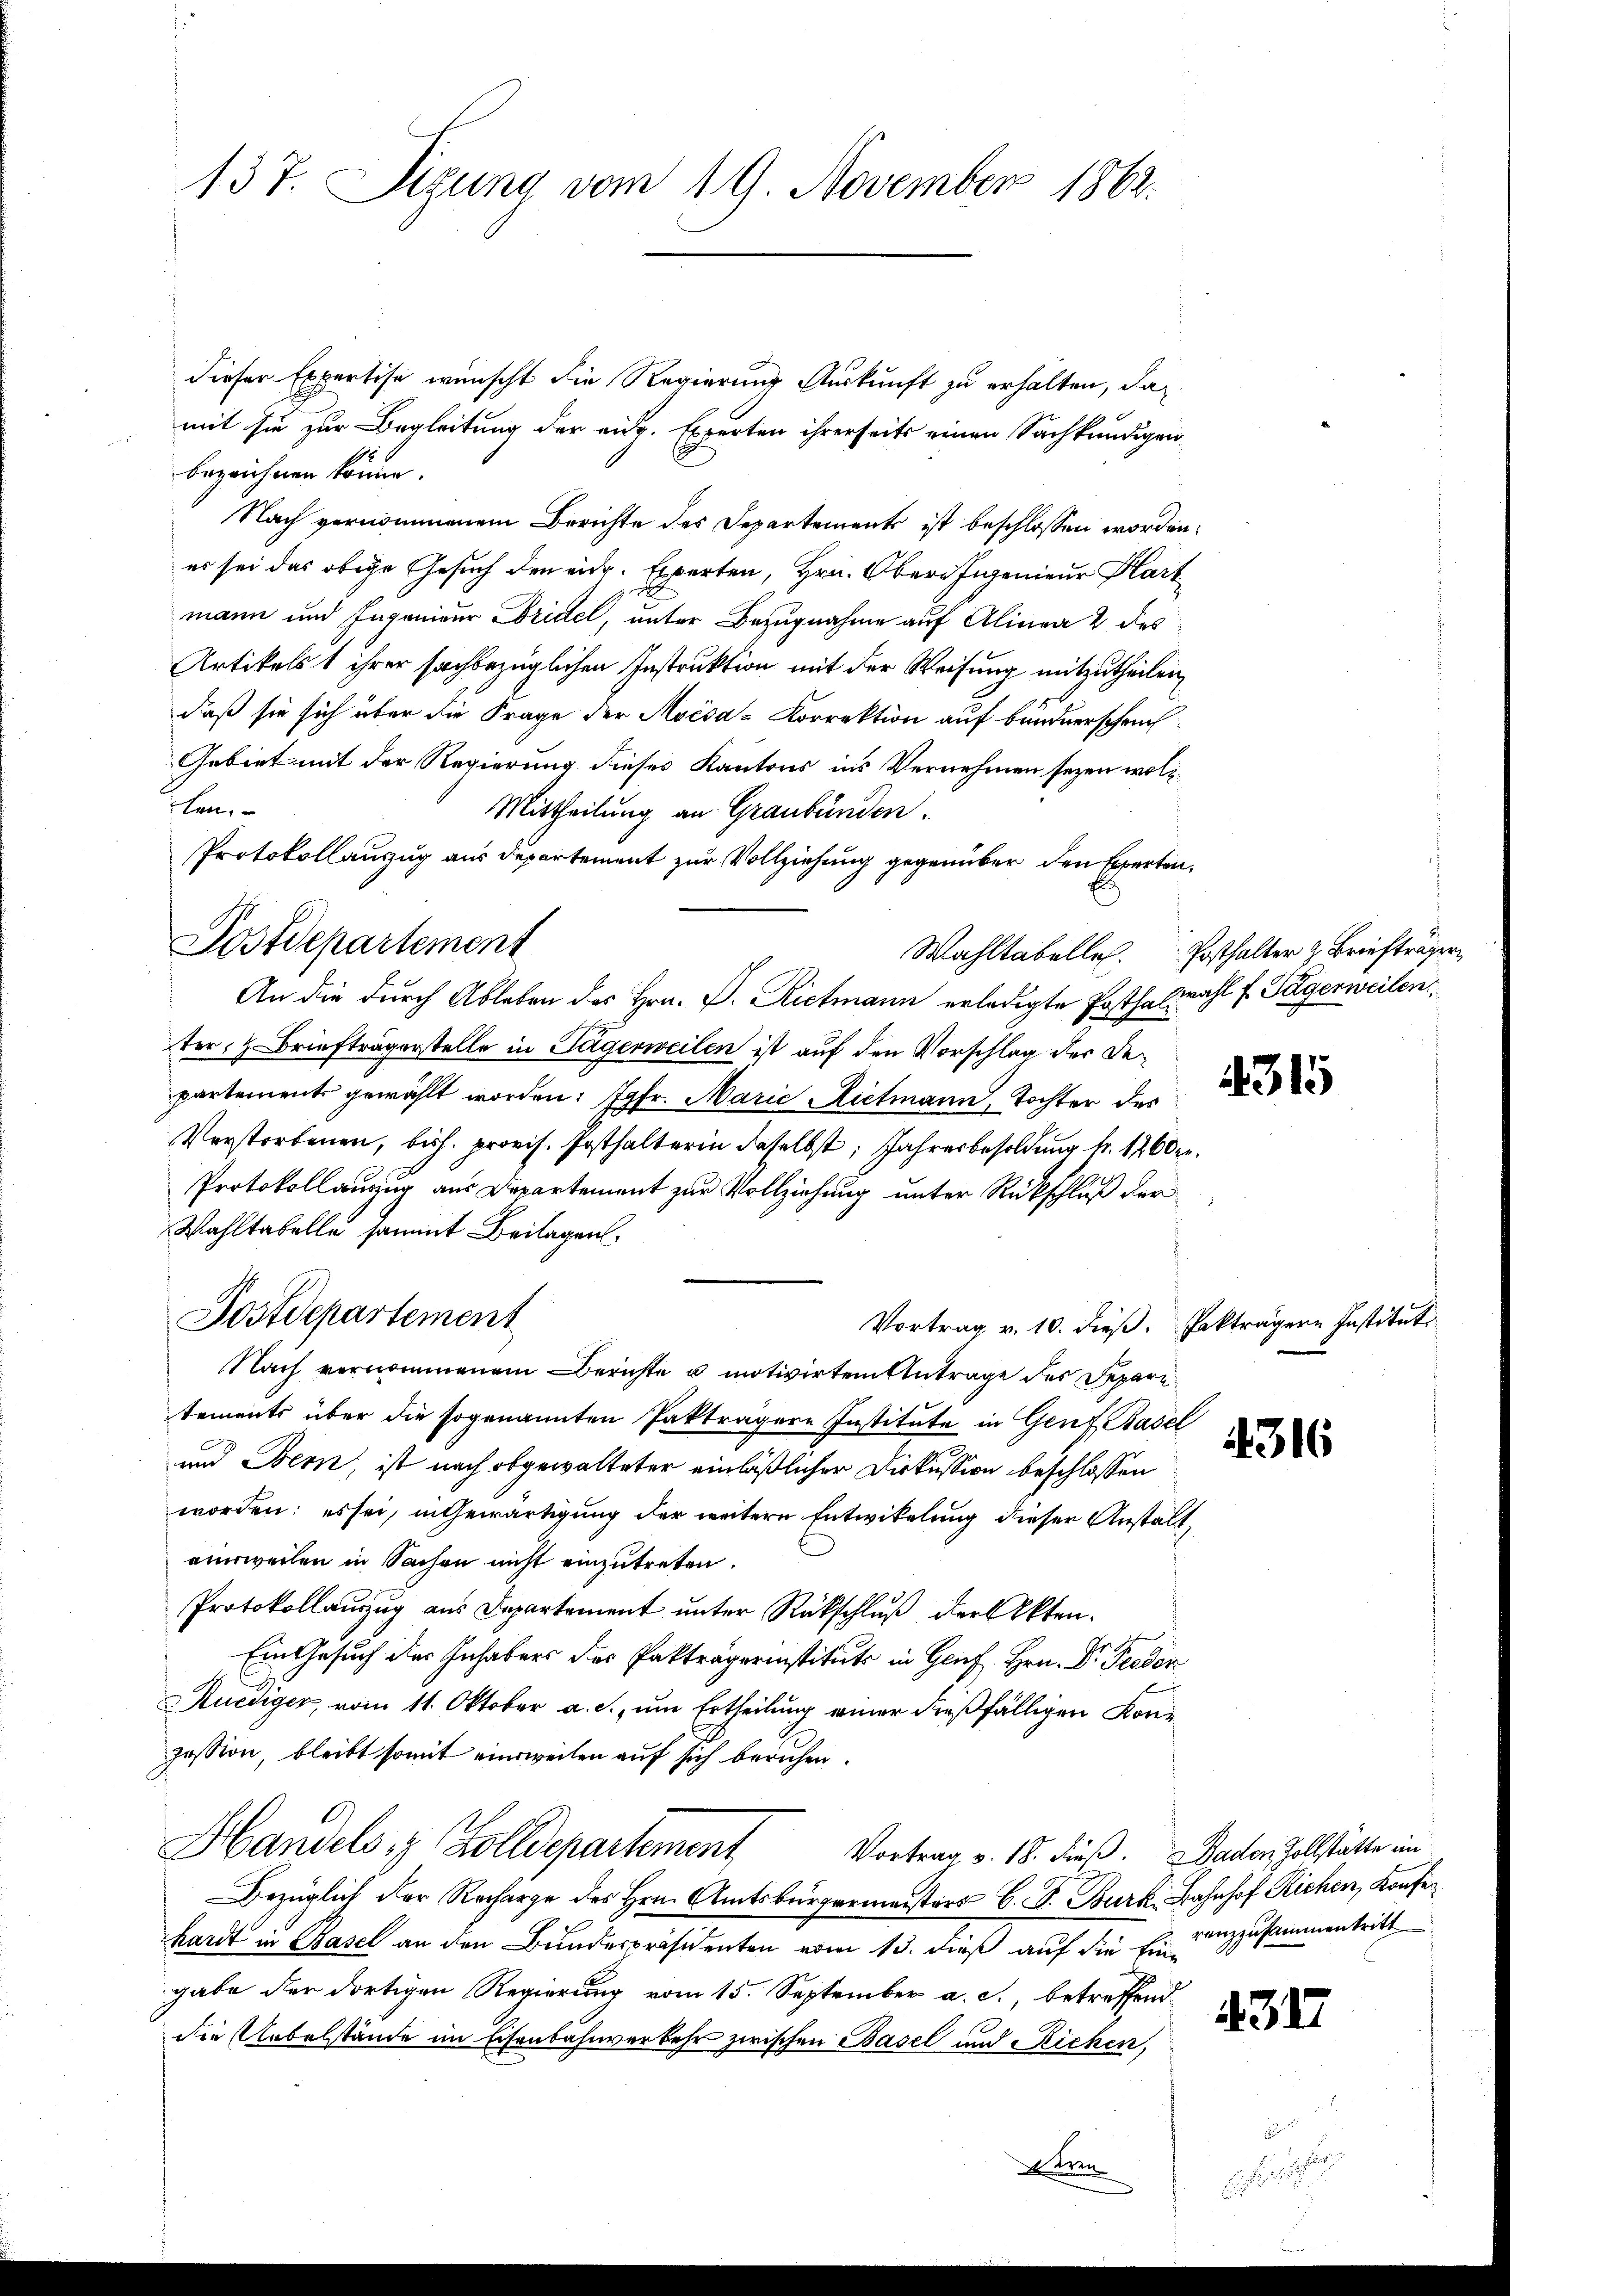
137. Sizung vom 19. November 1862.

dieser Expertise wünscht die Regierung Auskunft zu erhalten, damit sie zur Begleitung der eidg. Experten ihrerseits einen Sachkundigen
bezeichnen könne.
Nach vernommenem Berichte des Departements ist beschlossen worden,
es sei das obige Gesuch den eid. Experten, Hrn. Oberfigenieur Hart
mann und Ingenieur Bridel, unter Bezugnahme auf Alinea 2 des
Artikelst ihrer sachbezüglichen Instruktion mit der Weisung mitzutheilen,
daß sie sich über die Frage der Avésa-Korrektion auf bundnerschein
Gebiet mit der Regierung dieses Kantons ins Vernehmen seyen wollhen.
Mittheilung an Graubünden.
Protokollanzug aus Departement zur Vollziehung gegenüber den Experten,
An die durch Ableben des Hrn. P. Rietmann erledigte Posthalwahl f. Tägerweilen
ter, z. Briefträgerstelle in Tägerweilen ist auf den Vorschlag der Departements gewählt worden: Jgfr. Marie Rietmann, Tochter des
Verstorbenen, bish. provis. Posthalterin daselbst, Jahresbesoldung fr. 1260 er
Protokollanzug aus Departement zur Vollziehung unter Rückschluß der
Wahltabelle sammt Beilagen.
Postdepartement
Vortrag v. 10. dieβ. Pakträgern Institut
Nach vernommenem Berichte u motivirten Antrage des Deparitements über die sogenannten Pakträgere Institute in Genf, Basel
und Bern, ist nach abgewalteter einläßlicher Diskussion beschlossen
worden: es sei, in Gewärtigung der weitere Entwickelung dieser Anstalt,
eerweilen in Sachen nicht einzutreten.
Protokollauszug aus Departement unter Rückschluß der Akten.
Ein Gesuch des Inhabens des Pakträgerinstituts in Genf Hrn. Dr. Proden
Kuediger, vom 11. Oktober a. c., um Ertheilung einer dießfälligen Konr
zession, bleibt somit einsweilen auf sich beruhen.
Handels in Zolldepartement
Vortrag v. 18. dieß. Daden Zollstätte an
Bezüglich der Recharge des Hrn. Amtsbürgermaisters C. S. Burk. Bahnhof Richen, Konfe
hardt in Basel an den Bundespräsidenten vom 13. dieß auf die Einanzzusammentritt
gabe der dortigen Regierung vom 15. September a. c., betreffend
die Uebelstände im Eisenbahnverkehr zwischen Basel und Reichen,

Postdepartement

beten

B

Wahltabelle Posthalter & Briefträger

315

316

4317

2
e